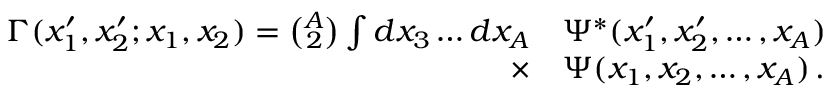
\begin{array} { r l } { \Gamma ( x _ { 1 } ^ { \prime } , x _ { 2 } ^ { \prime } ; x _ { 1 } , x _ { 2 } ) = { \binom { A } { 2 } } \int d x _ { 3 } \ldots d x _ { A } } & { { } \Psi ^ { * } ( x _ { 1 } ^ { \prime } , x _ { 2 } ^ { \prime } , \ldots , x _ { A } ) } \\ { \times } & { { } \Psi ( x _ { 1 } , x _ { 2 } , \ldots , x _ { A } ) \, . } \end{array}